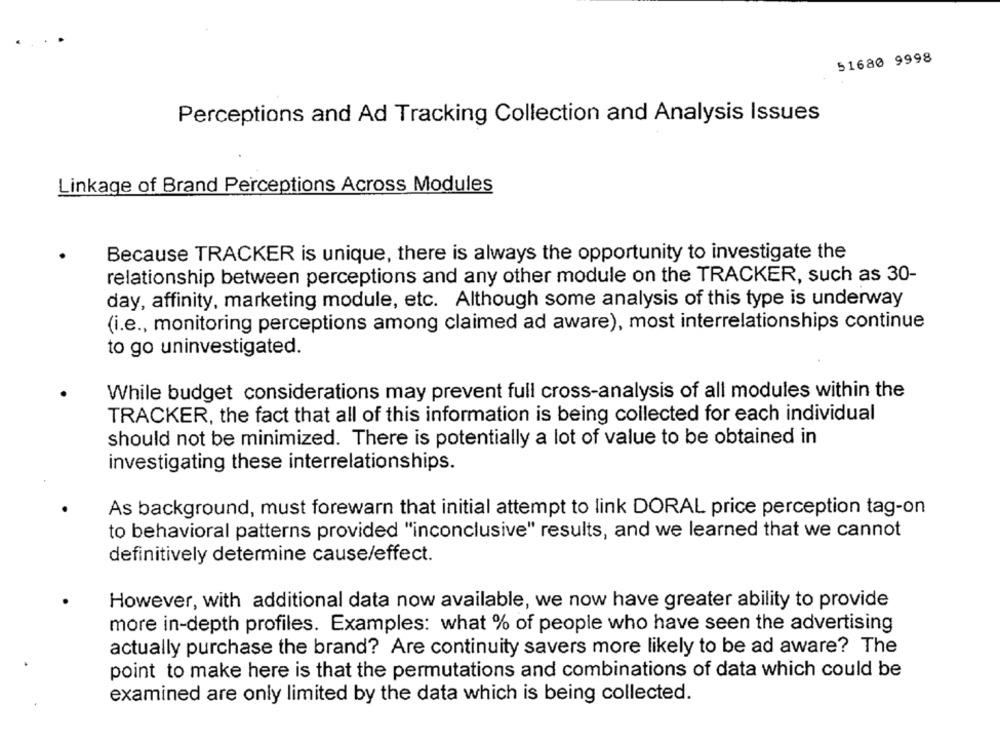
51680 9998
Perceptions and Ad Tracking Collection and Analysis Issues
Linkage of Brand Perceptions Across Modules
Because TRACKER is unique, there is always the opportunity to investigate the
relationship between perceptions and any other module on the TRACKER, such as 30-
day, affinity, marketing module, etc. Although some analysis of this type is underway
(i.e ., monitoring perceptions among claimed ad aware), most interrelationships continue
to go uninvestigated.
While budget considerations may prevent full cross-analysis of all modules within the
TRACKER, the fact that all of this information is being collected for each individual
should not be minimized. There is potentially a lot of value to be obtained in
investigating these interrelationships.
As background, must forewarn that initial attempt to link DORAL price perception tag-on
to behavioral patterns provided "inconclusive" results, and we learned that we cannot
definitively determine cause/effect.
However, with additional data now available, we now have greater ability to provide
more in-depth profiles. Examples: what % of people who have seen the advertising
actually purchase the brand? Are continuity savers more likely to be ad aware? The
point to make here is that the permutations and combinations of data which could be
examined are only limited by the data which is being collected.